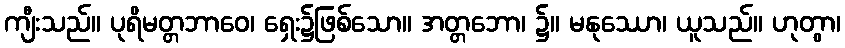
ကျီးသည်။ ပုရိမတ္တဘာဝေ၊ ရှေး၌ဖြစ်သော။ အတ္တဘော၊ ၌။ မနုဿော၊ ယူသည်။ ဟုတွာ၊